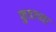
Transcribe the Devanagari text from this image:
कुडाच्या